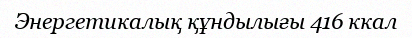
Энергетикалық құндылығы 416 ккал